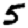
Digit: 5